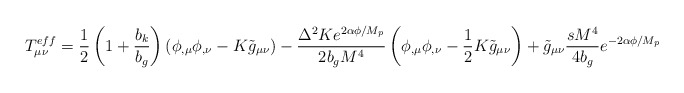
\begin{align*}T_{\mu\nu}^{eff}=\frac{1}{2}\left(1+\frac{b_{k}}{b_{g}}\right)\left(\phi_{,\mu}\phi_{,\nu}-K\tilde{g}_{\mu\nu}\right)-\frac{\Delta^{2}Ke^{2\alpha\phi/M_{p}}}{2b_{g}M^{4}}\left(\phi_{,\mu}\phi_{,\nu}-\frac{1}{2}K\tilde{g}_{\mu\nu}\right)+\tilde{g}_{\mu\nu}\frac{sM^{4}}{4b_{g}}e^{-2\alpha\phi/M_{p}} \end{align*}